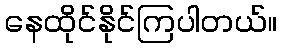
နေထိုင်နိုင်ကြပါတယ်။